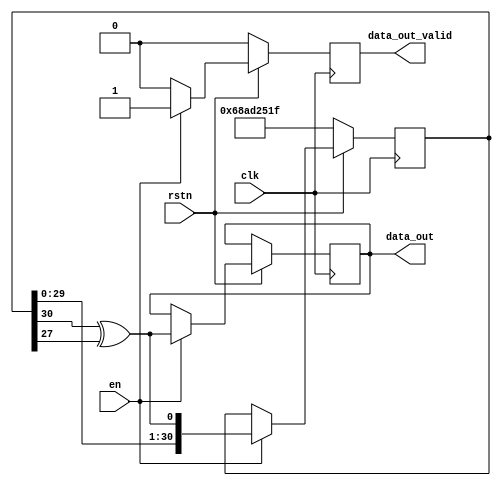
//generates pseudo-random-binary-sequence of length 2^31-1 
module prbs31 #(parameter SEED = 31'b1101000101011010010010100011111)(
    input clk,
    input en,
    input rstn,
    output reg data_out,
    output reg data_out_valid = 0);
    
    reg [30:0] sr = SEED;
    wire sr_in;
    
    assign sr_in = (sr[30]^sr[27]);
    
    always @ (posedge clk)
    if (!rstn) begin
        sr = SEED;
        data_out_valid = 0;
    end else begin
        if (en) begin
            sr <= {sr[29:0],sr_in};
            data_out <=  sr_in;
            data_out_valid <= 1;
        end else begin
	    data_out_valid <=0;	
	end
    end
endmodule

//checks for errors in pseudo-random-binary-sequence of length 2^31-1 
module prbs31_checker #(parameter SEED = 31'b1101000101011010010010100011111)(
    input clk,
    input rstn,
    input data_in,
    input data_in_valid,

    output reg [31:0] total_bits = 0,
    output reg [31:0] total_bit_errors = 0);
    
    reg [30:0] sr = SEED;
    wire sr_in;
    
    assign sr_in = (sr[30]^sr[27]);
    
    always @ (posedge clk)
    if (!rstn) begin
        sr = SEED;
        total_bits =0;
        total_bit_errors = 0;
    end else begin
        if (data_in_valid) begin
            sr <= {sr[29:0],sr_in};
            if (data_in == sr_in) begin
                total_bits <= total_bits + 1;
            end else begin
                total_bits <= total_bits + 1;
                total_bit_errors <= total_bit_errors + 1;
            end
        end
    end
endmodule